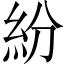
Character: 紛